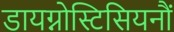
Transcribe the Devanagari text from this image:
डायग्नोस्टिसियनौं